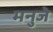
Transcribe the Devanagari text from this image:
मनुजे